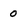
Character: 0